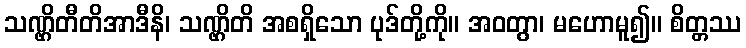
သဏ္ဌိတီတိအာဒီနိ၊ သဏ္ဌိတိ အစရှိသော ပုဒ်တို့ကို။ အဝတွာ၊ မဟောမူ၍။ စိတ္တဿ